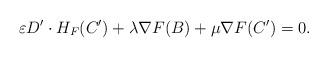
LaTeX: \begin{align*}\varepsilon D^\prime \cdot H_F(C^\prime)+\lambda \nabla{F}(B)+\mu \nabla{F}(C^\prime)=0.\end{align*}